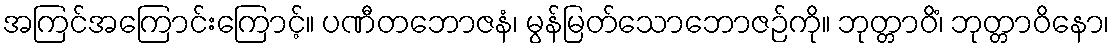
အကြင်အကြောင်းကြောင့်။ ပဏီတဘောဇနံ၊ မွန်မြတ်သောဘောဇဉ်ကို။ ဘုတ္တာဝိံ၊ ဘုတ္တာဝိနော၊